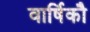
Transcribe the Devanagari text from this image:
वार्षिकौ